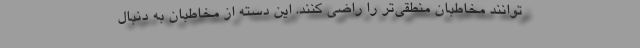
‌توانند مخاطبان منطقی‌تر را راضی کنند. این دسته از مخاطبان به دنبال